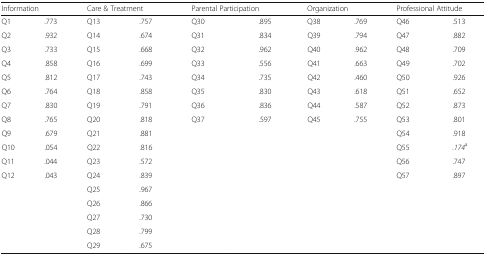
<table><thead><tr><td colspan="2"><b>Information</b></td><td colspan="2"><b>Care &amp; Treatment</b></td><td colspan="2"><b>Parental Participation</b></td><td colspan="2"><b>Organization</b></td><td colspan="2"><b>Professional Attitude</b></td></tr></thead><tbody><tr><td>Q1</td><td>.773</td><td>Q13</td><td>.757</td><td>Q30</td><td>.895</td><td>Q38</td><td>.769</td><td>Q46</td><td>.513</td></tr><tr><td>Q2</td><td>.932</td><td>Q14</td><td>.674</td><td>Q31</td><td>.834</td><td>Q39</td><td>.794</td><td>Q47</td><td>.882</td></tr><tr><td>Q3</td><td>.733</td><td>Q15</td><td>.668</td><td>Q32</td><td>.962</td><td>Q40</td><td>.962</td><td>Q48</td><td>.709</td></tr><tr><td>Q4</td><td>.858</td><td>Q16</td><td>.699</td><td>Q33</td><td>.556</td><td>Q41</td><td>.663</td><td>Q49</td><td>.702</td></tr><tr><td>Q5</td><td>.812</td><td>Q17</td><td>.743</td><td>Q34</td><td>.735</td><td>Q42</td><td>.460</td><td>Q50</td><td>.926</td></tr><tr><td>Q6</td><td>.764</td><td>Q18</td><td>.858</td><td>Q35</td><td>.830</td><td>Q43</td><td>.618</td><td>Q51</td><td>.652</td></tr><tr><td>Q7</td><td>.830</td><td>Q19</td><td>.791</td><td>Q36</td><td>.836</td><td>Q44</td><td>.587</td><td>Q52</td><td>.873</td></tr><tr><td>Q8</td><td>.765</td><td>Q20</td><td>.818</td><td>Q37</td><td>.597</td><td>Q45</td><td>.755</td><td>Q53</td><td>.801</td></tr><tr><td>Q9</td><td>.679</td><td>Q21</td><td>.881</td><td></td><td></td><td></td><td></td><td>Q54</td><td>.918</td></tr><tr><td>Q10</td><td>.054</td><td>Q22</td><td>.816</td><td></td><td></td><td></td><td></td><td>Q55</td><td><i>.174</i><sup>a</sup></td></tr><tr><td>Q11</td><td>.044</td><td>Q23</td><td>.572</td><td></td><td></td><td></td><td></td><td>Q56</td><td>.747</td></tr><tr><td rowspan="6">Q12</td><td rowspan="6">.043</td><td>Q24</td><td>.839</td><td></td><td></td><td></td><td></td><td>Q57</td><td>.897</td></tr><tr><td>Q25</td><td>.967</td><td></td><td></td><td></td><td></td><td></td><td></td></tr><tr><td>Q26</td><td>.866</td><td></td><td></td><td></td><td></td><td></td><td></td></tr><tr><td>Q27</td><td>.730</td><td></td><td></td><td></td><td></td><td></td><td></td></tr><tr><td>Q28</td><td>.799</td><td></td><td></td><td></td><td></td><td></td><td></td></tr><tr><td>Q29</td><td>.675</td><td></td><td></td><td></td><td></td><td></td><td></td></tr></tbody></table>